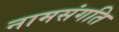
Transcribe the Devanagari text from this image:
नामसंगति